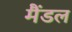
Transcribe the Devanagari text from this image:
मैंडल